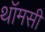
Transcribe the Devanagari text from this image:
थॉमसी